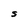
Character: S